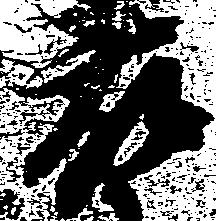
藤